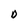
Character: D